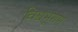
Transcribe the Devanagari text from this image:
विश्वभूशण